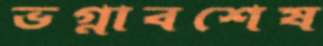
ভগ্নাবশেষ